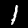
Label: 1